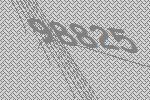
98825